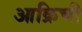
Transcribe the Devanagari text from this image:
आक्रिची